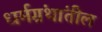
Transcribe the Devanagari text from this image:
धर्मग्रंथांतील